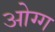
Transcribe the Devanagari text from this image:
ओग्ग